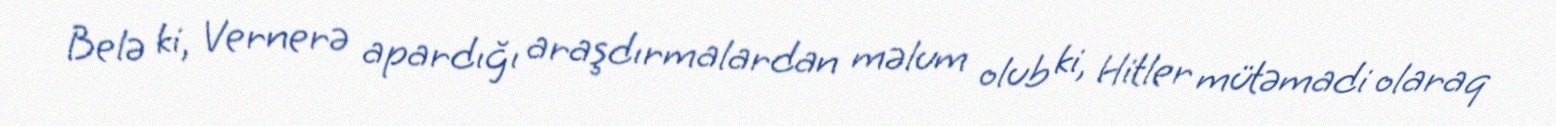
Belə ki, Vernerə apardığı araşdırmalardan məlum olub ki, Hitler mütəmadi olaraq